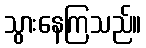
သွားနေကြသည်။